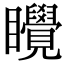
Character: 𬑬